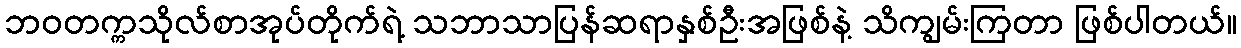
ဘဝတက္ကသိုလ်စာအုပ်တိုက်ရဲ့ သဘာသာပြန်ဆရာနှစ်ဦးအဖြစ်နဲ့ သိကျွမ်းကြတာ ဖြစ်ပါတယ်။